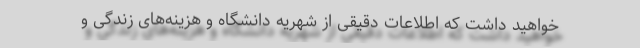
خواهید داشت که اطلاعات دقیقی از شهریه دانشگاه و هزینه‌های زندگی و